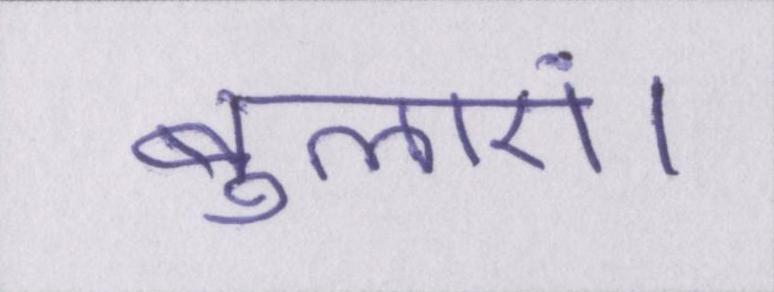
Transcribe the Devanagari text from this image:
बुलाएं।